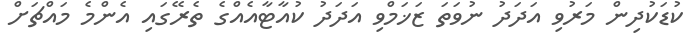
ކުޑަކުދިން މަރުވި އަދަދު ނުވަތަ ޒަޚަމްވި އަދަދު ކުއާޓާއެއްގެ ތެރޭގައި އެންމެ މައްޗަށް